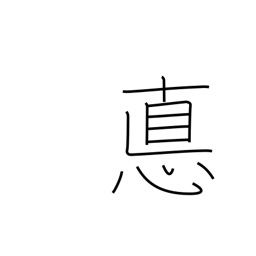
Meaning: ethics